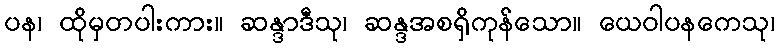
ပန၊ ထိုမှတပါးကား။ ဆန္ဒာဒီသု၊ ဆန္ဒအစရှိကုန်သော။ ယေဝါပနကေသု၊